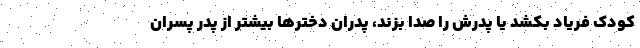
کودک فریاد بکشد یا پدرش را صدا بزند، پدران دخترها بیشتر از پدر پسران